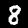
Label: 8